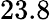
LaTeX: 23.8